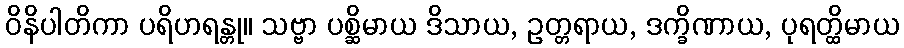
ဝိနိပါတိကာ ပရိဟရန္တု။ သဗ္ဗာ ပစ္ဆိမာယ ဒိသာယ, ဥတ္တရာယ, ဒက္ခိဏာယ, ပုရတ္ထိမာယ